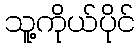
သူ့ကိုယ်ပိုင်